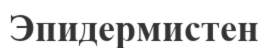
Эпидермистен